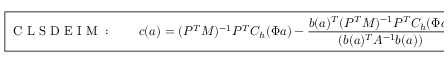
\boxed { \mathrm { ~ C ~ L ~ S ~ D ~ E ~ I ~ M ~ : ~ } \qquad \boldsymbol { c } ( \boldsymbol { a } ) = ( P ^ { T } M ) ^ { - 1 } P ^ { T } C _ { h } ( \Phi \boldsymbol { a } ) - \frac { \boldsymbol { b } ( \boldsymbol { a } ) ^ { T } ( P ^ { T } M ) ^ { - 1 } P ^ { T } C _ { h } ( \Phi \boldsymbol { a } ) } { ( \boldsymbol { b } ( \boldsymbol { a } ) ^ { T } A ^ { - 1 } \boldsymbol { b } ( \boldsymbol { a } ) ) } A ^ { - 1 } \boldsymbol { b } ( \boldsymbol { a } ) . }